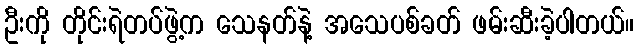
ဦးကို တိုင်းရဲတပ်ဖွဲ့က သေနတ်နဲ့ အသေပစ်ခတ် ဖမ်းဆီးခဲ့ပါတယ်။